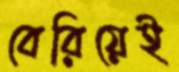
বেরিয়েই